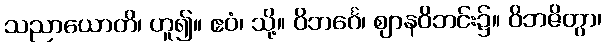
သညာယောတိ၊ ဟူ၍။ ဧဝံ၊ သို့။ ဝိဘင်္ဂေ၊ ဈာနဝိဘင်း၌။ ဝိဘဇိတွာ၊